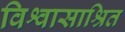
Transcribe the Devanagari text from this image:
विश्वासाश्रित